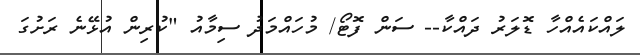
ލައްކައެއްހާ ޑޮލަރު ދައްކާ-- ސަން ފޮޓޯ/ މުހައްމަދު ސިމާއު "ކުރިން އުޅޭނެ ރަށުގަ